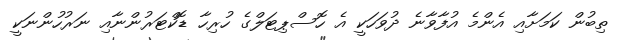
ތިބުން ކަމަށާއި އެންމެ އުފާވާނެ ދުވަހަކީ އެ ހޮސްޕިޓަލްގެ ހުރިހާ ޑޮކްޓަރުންނާއި ނަރުހުންނަކީ